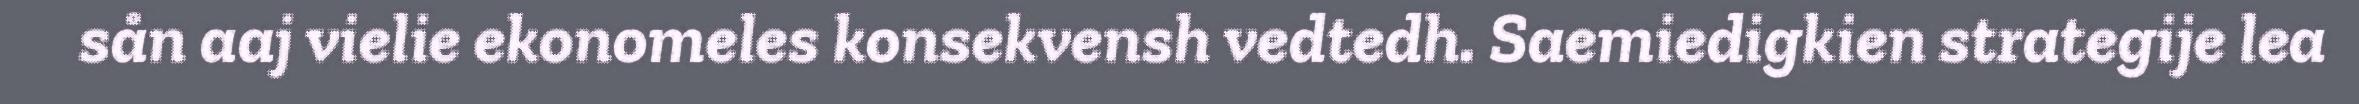
sån aaj vielie ekonomeles konsekvensh vedtedh. Saemiedigkien strategije lea